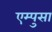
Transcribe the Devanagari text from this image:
एम्पुसा